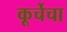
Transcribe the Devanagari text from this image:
कूर्चेचा